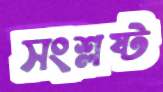
সংশ্লষ্ট